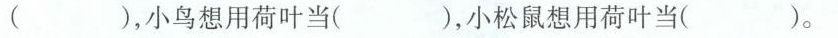
( )，小鸟想用荷叶当( )，小松鼠想用荷叶当( )。